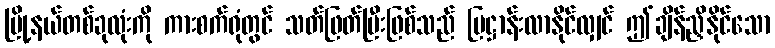
မြို့နယ်တစ်ခုလုံးကို ကားစက်ရုံတွင် သတ်ဖြတ်ပြီးဖြစ်သည် ပြဋ္ဌာန်းလာနိုင်လျှင် ဤချိန်ညှိနိုင်သော